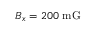
B _ { x } = 2 0 0 ~ \mathrm { { m G } }